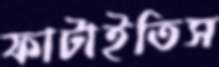
ফাটাইতিস